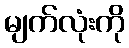
မျက်လုံးကို